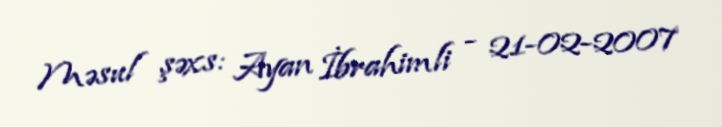
Məsul şəxs: Ayan İbrahimli - 21-02-2007